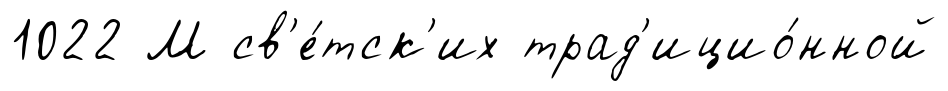
1022 М св'е́тск'их трад'ицио́нной